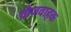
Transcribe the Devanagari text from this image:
वीजवाहक